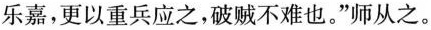
乐嘉，更以重兵应之，破贼不难也。”师从之。